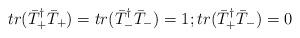
LaTeX: \begin{align*}tr(\bar{T}_+^{\dagger}\bar{T}_+) = tr(\bar{T}_-^{\dagger}\bar{T}_-) = 1; tr(\bar{T}_+^{\dagger}\bar{T}_-) = 0 \end{align*}